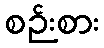
စဉ်းစား